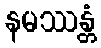
နမဿန္တံ